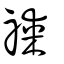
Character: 禖